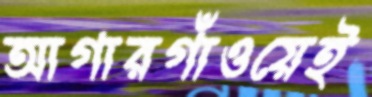
আগারগাঁওয়েই